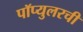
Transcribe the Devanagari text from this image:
पॉप्युलरची